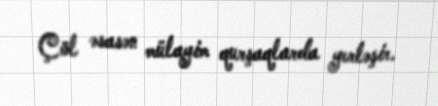
Çöl əsasən mülayim qurşaqlarda yerləşir.